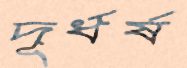
দূর্ধর্ষ